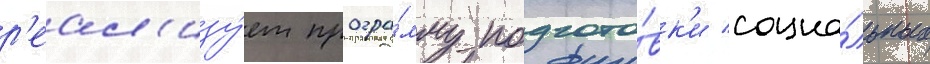
р'еал'изу́ет програ́мму подгото́вк'и социа́льных